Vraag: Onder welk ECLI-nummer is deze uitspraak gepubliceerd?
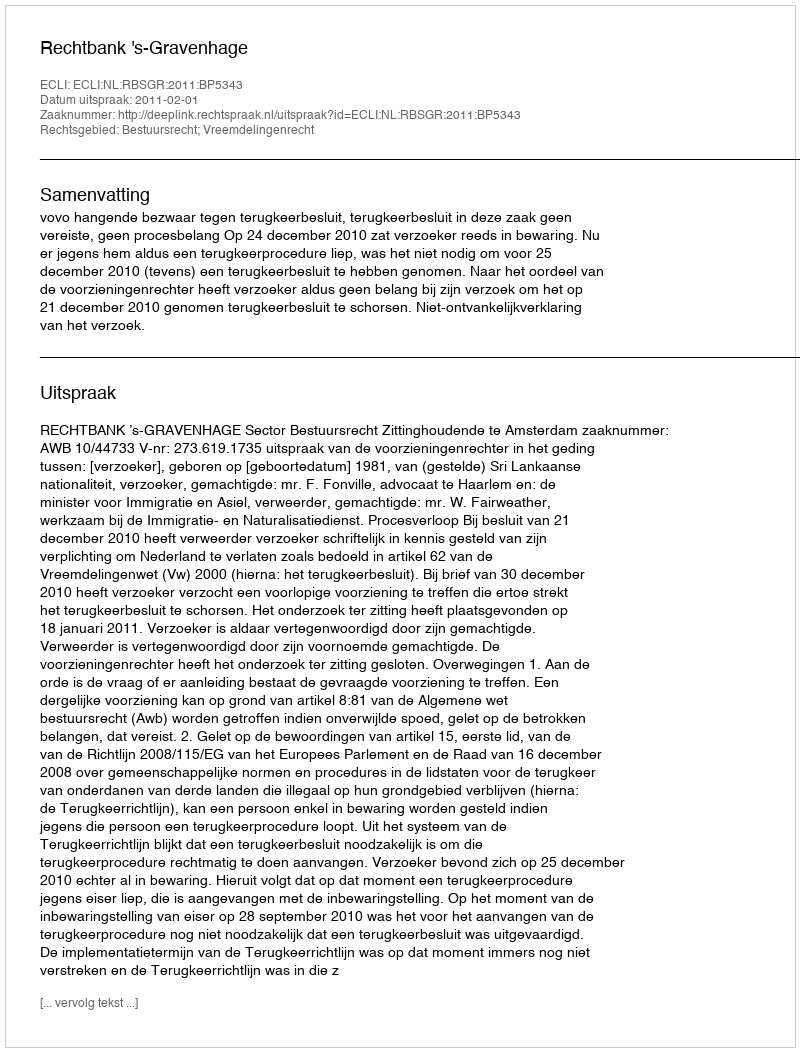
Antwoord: ECLI:NL:RBSGR:2011:BP5343